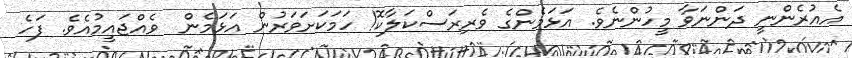
އެއުރެންނީ ދަންނަވާ މީހުންނެވެ. އަޅަމެންގެ ވެރިރަސްކަލާކޮ! ހަމަކަށަވަރުން އަޅަމެން  ވެއްޖައީމުއެވެ. ފަހެ